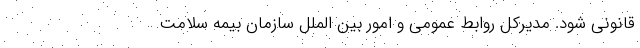
قانونی شود. مدیرکل روابط عمومی و امور بین الملل سازمان بیمه سلامت